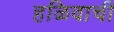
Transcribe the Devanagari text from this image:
हळिवाची